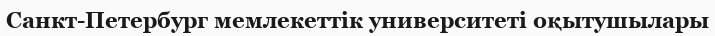
Санкт-Петербург мемлекеттік университеті оқытушылары